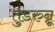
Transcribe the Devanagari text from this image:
तुडरुन्नू